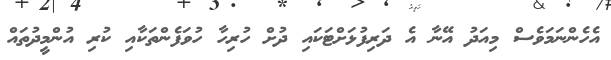
އެހެންނަމަވެސް މިއަދު އޭނާ އެ ދަރިފުޅަށްޓަކައި ދުށް ހުރިހާ ހުވަފެންތަކާއި ކުރި އުންމީދުތައް